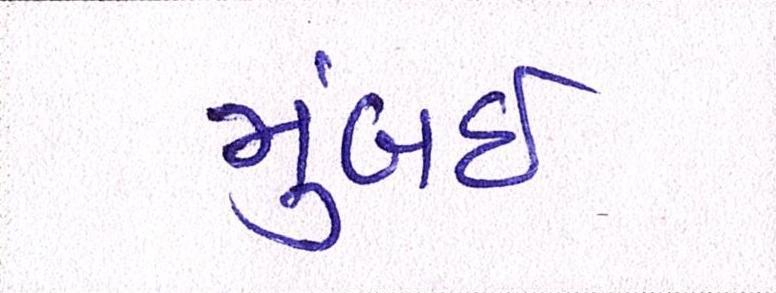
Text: મુંબઇઃ